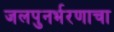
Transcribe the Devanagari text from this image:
जलपुनर्भरणाचा